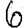
Digit: 6